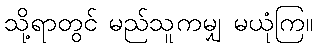
သို့ရာတွင် မည်သူကမျှ မယုံကြ။